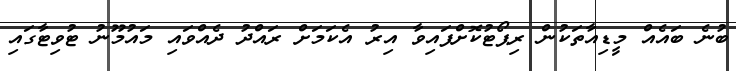
ބުނެ ބައެއް މީޑިއާތަކުން ރިޕޯޓުކޮށްފައިވާ އިރު އެކަމަށް ރައްދު ދެއްވައި މައުމޫނު ޓުވިޓާގައި